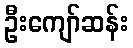
ဦးကျော်ဆန်း